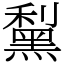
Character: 䵩